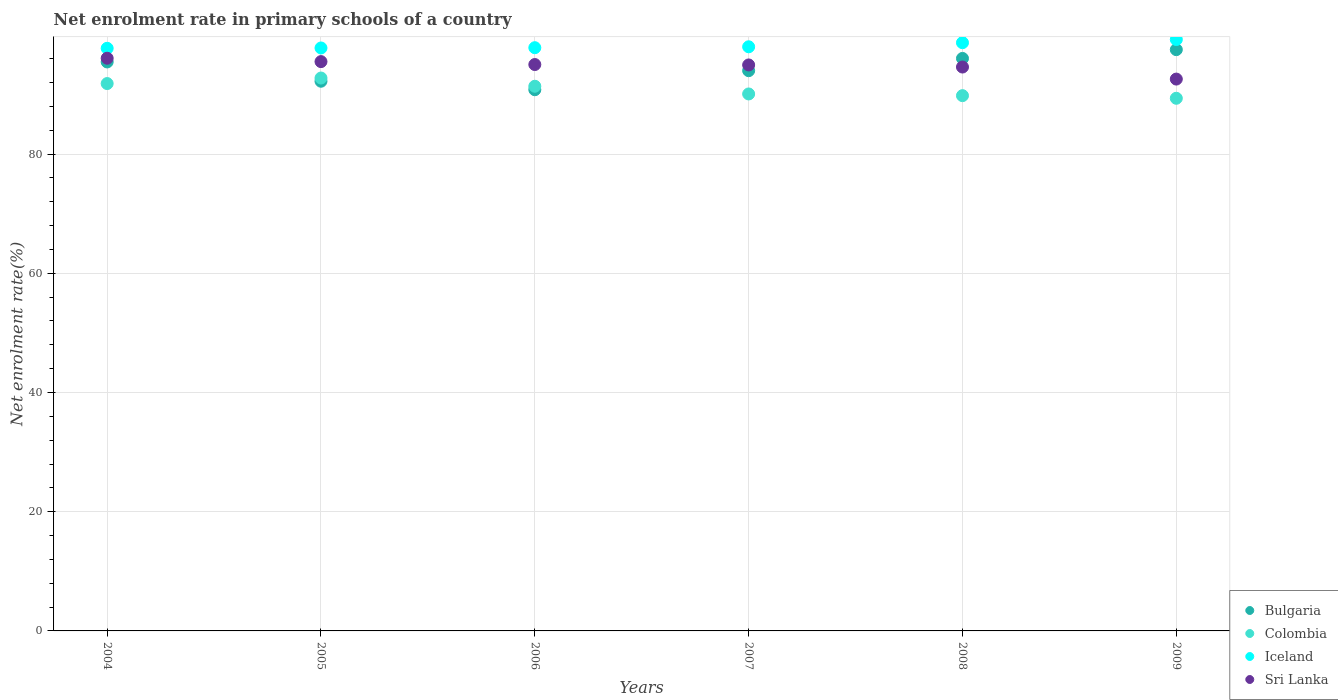
| Years | Bulgaria | Colombia | Iceland | Sri Lanka |
 | --- | --- | --- | --- | --- |
 | 2004 | 95.5 | 91.8 | 97.8 | 96.1 |
 | 2005 | 92.2 | 92.8 | 97.8 | 95.5 |
 | 2006 | 90.8 | 91.4 | 97.9 | 95 |
 | 2007 | 94 | 90.1 | 98 | 95 |
 | 2008 | 96.1 | 89.8 | 98.7 | 94.6 |
 | 2009 | 97.5 | 89.4 | 99.2 | 92.6 |